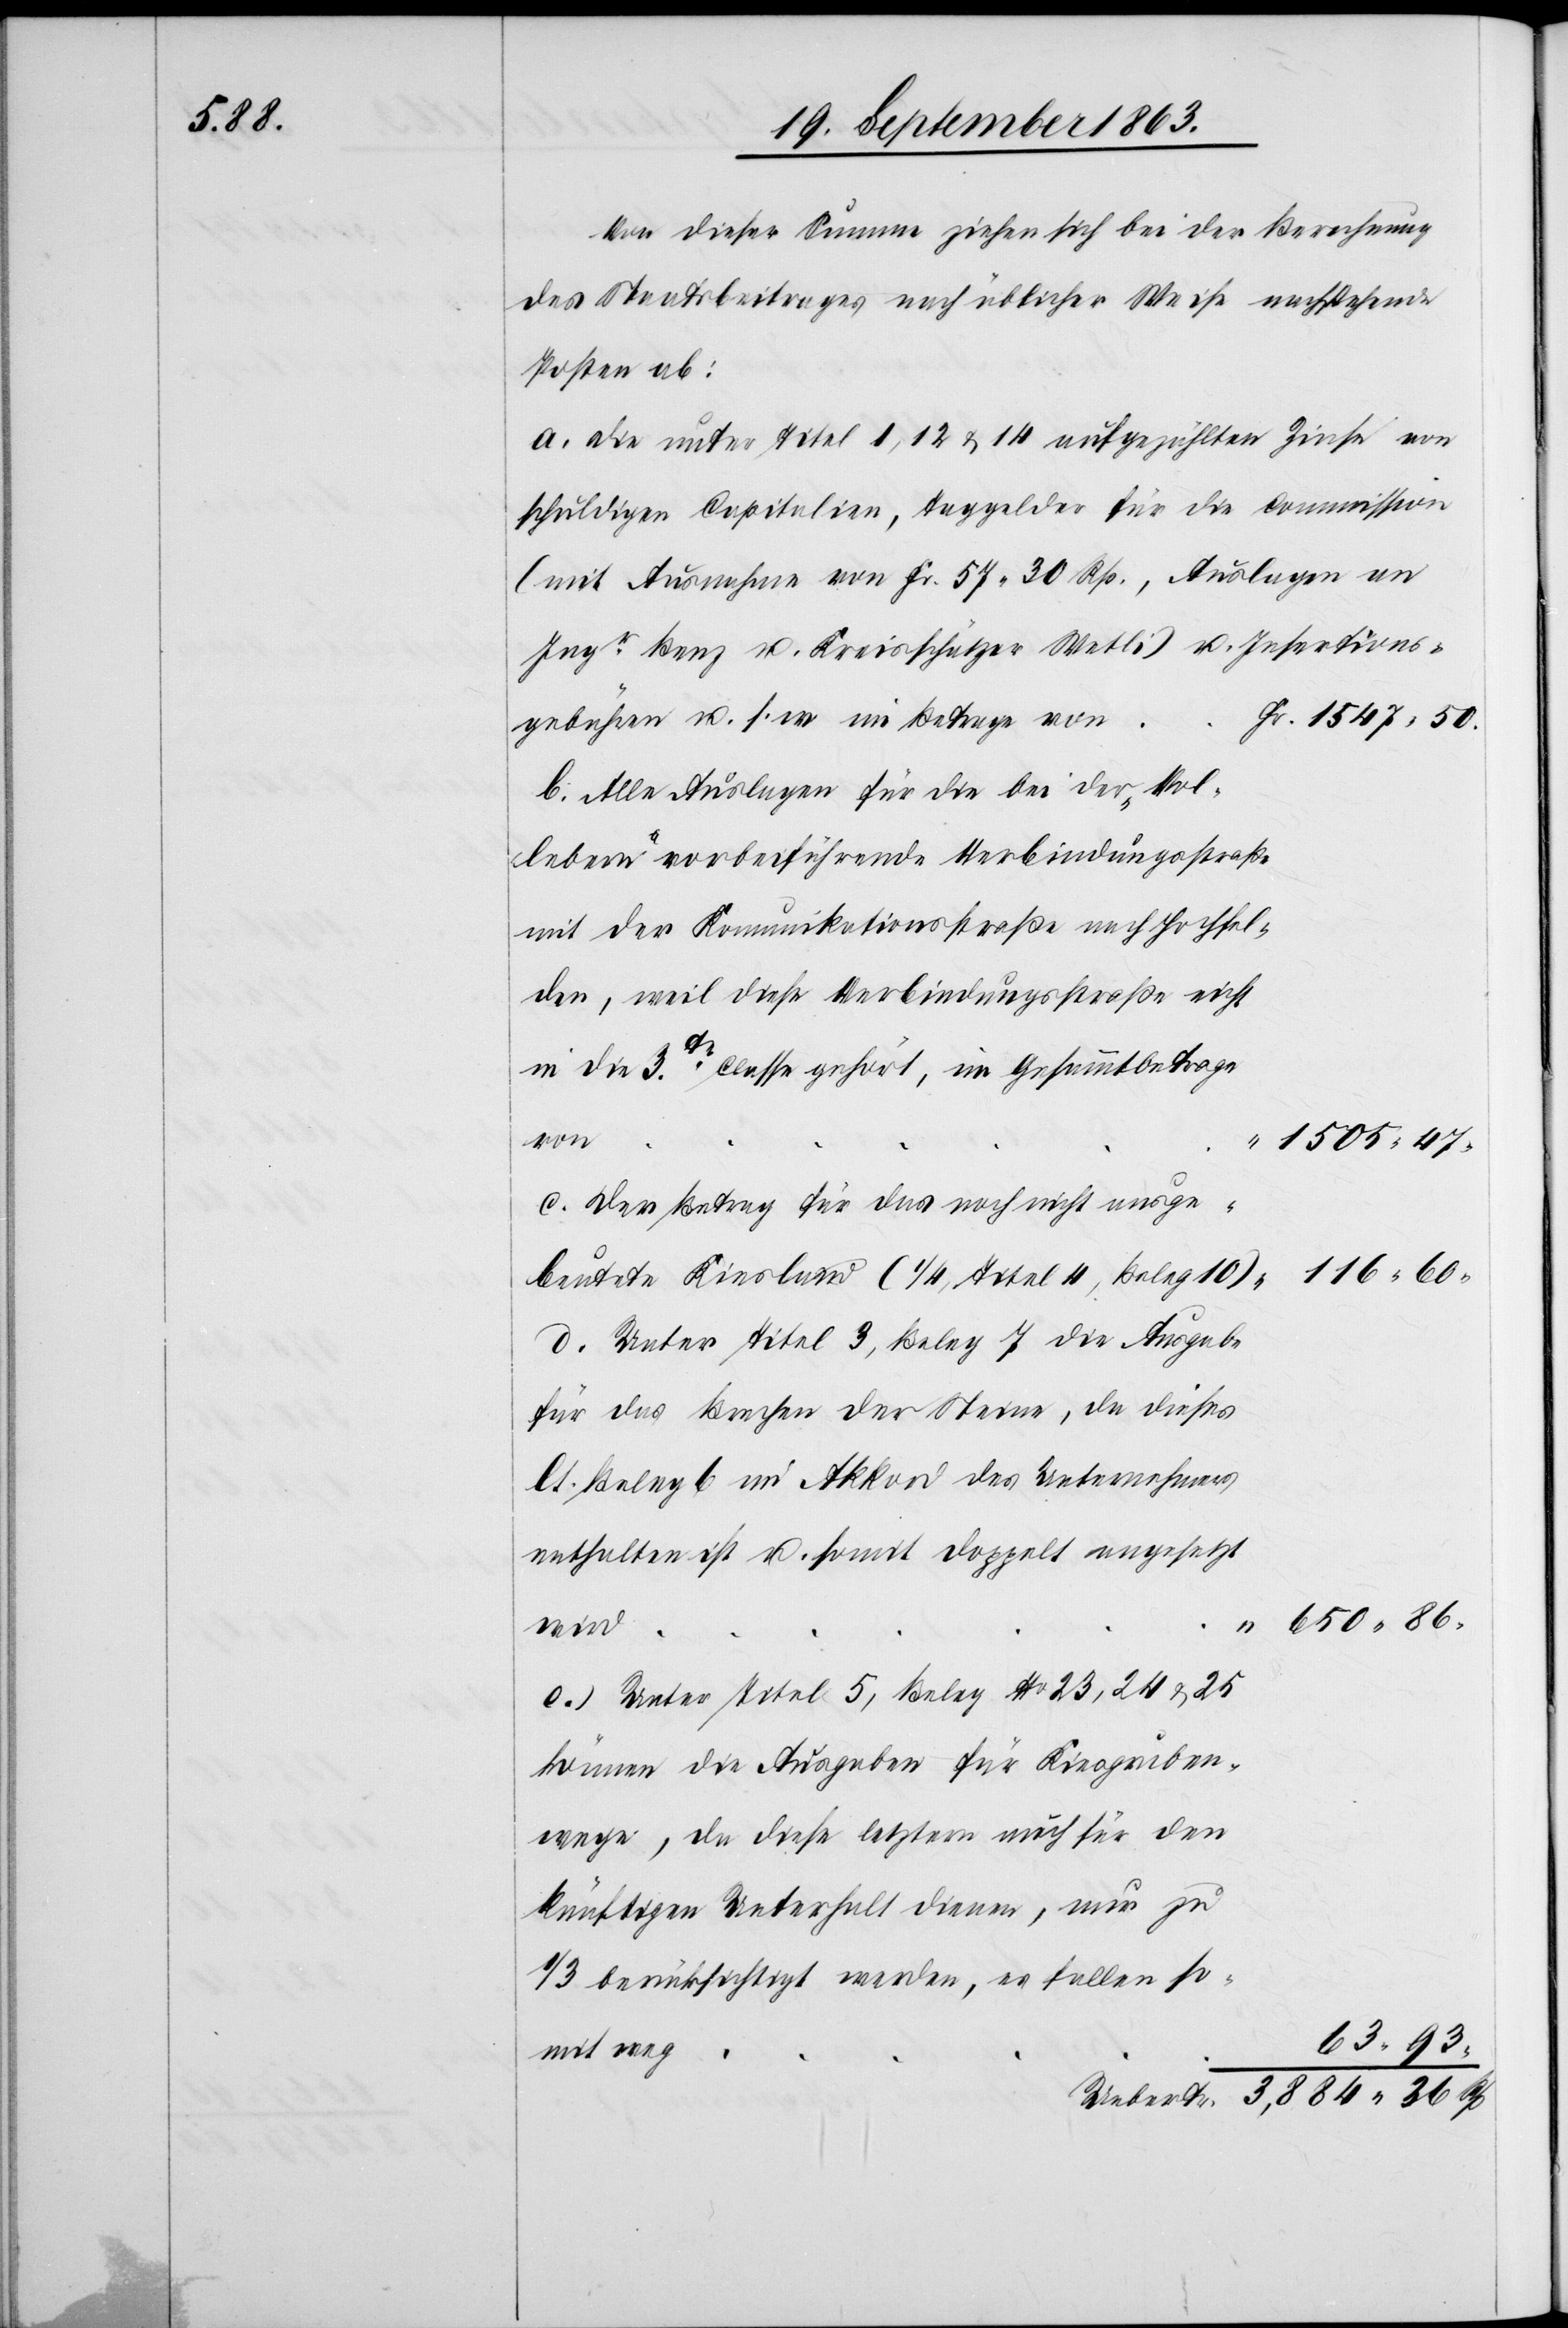
Von dieser Summe ziehen sich bei der Berechnung
des Staatsbeitrages nach üblicher Weise nachstehende
Posten ab:
a. Die unter Titel 1, 12 & 14 aufgezählten Zinse von
schuldigen Capitalien, Taggelder für die Commission
(mit Ausnahme von Fr. 57. 30 Rp., Auslagen an
Ingr Benz u. Kreisschätzer Wetli) u. Insertions¬
wird
gebühren u. s. w. im Betrage von
b. Alle Auslagen für die bei der „Vol¬
lebern“ vorbeiführende Verbindungsstraße
mit der Kommunikationsstraße nach Hochfel¬
der, weil diese Verbindungsstraße nicht
in die 3te Classe gehört, im Gesammtbetrage
von
1505. 47.
c. Der Betrag für das noch nicht ausge¬
116. 60.
beutete Kiesland (1/4 Titel 4, Beleg 10)
d. Unter Titel 3, Beleg 7 die Ausgabe
für das Brechen der Steine, da dieses
lt. Beleg 6 im Akkord des Unternehmens
enthalten ist u. somit doppelt angesetzt
650. 86.
50.
e. Unter Titel 5, Beleg No 23, 24 & 25
können die Ausgaben für Kiesgruben¬
wege, da diese letztern auch für den
künftigen Unterhalt dienen, nur zu
1/3 berücksichtigt werden, es fallen so¬
63. 93.
mit weg